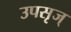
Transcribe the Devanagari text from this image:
उपसृज्